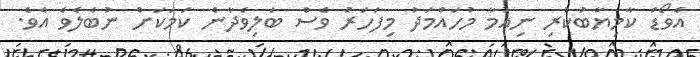
އެވޯޑް ކާމިޔާބުކުރި ނިއުމާ މުހައްމަދު މިފަހަރު ވެސް ބަލިވެދާނެ ކަމަކަށް ނުބެލެވެ އެވެ.